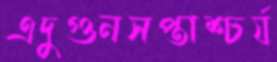
এদুগুনসপ্তাশ্চর্য